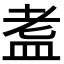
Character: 𭾀